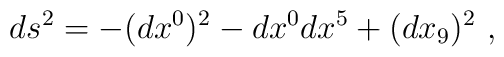
ds^{2}=-(dx^{0})^{2}-dx^{0}dx^{5}+(dx_{9})^{2}\ ,